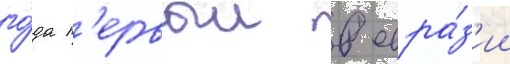
го́да п'ервыи в евра́з'ии